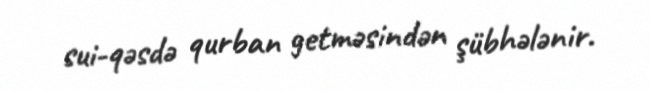
sui-qəsdə qurban getməsindən şübhələnir.